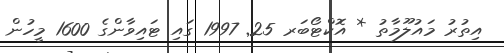
އިތުރު މައުލޫމާތު * އޮކްޓޯބަރ 25